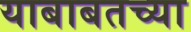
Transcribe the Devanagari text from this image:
याबाबतच्या